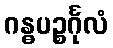
ဂန္ဓပဉ္စင်္ဂုလံ